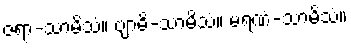
ဇရာ-သာမိသံ။ ဗျာဓိ-သာမိသံ။ မရဏံ-သာမိသံ။